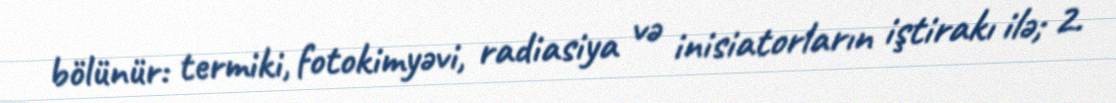
bölünür: termiki, fotokimyəvi, radiasiya və inisiatorların iştirakı ilə; 2.